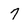
Character: 7